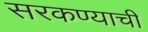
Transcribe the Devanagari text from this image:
सरकण्याची